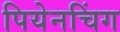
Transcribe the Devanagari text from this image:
पियेनचिंग